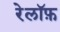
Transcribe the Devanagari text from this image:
रेलॉफ़